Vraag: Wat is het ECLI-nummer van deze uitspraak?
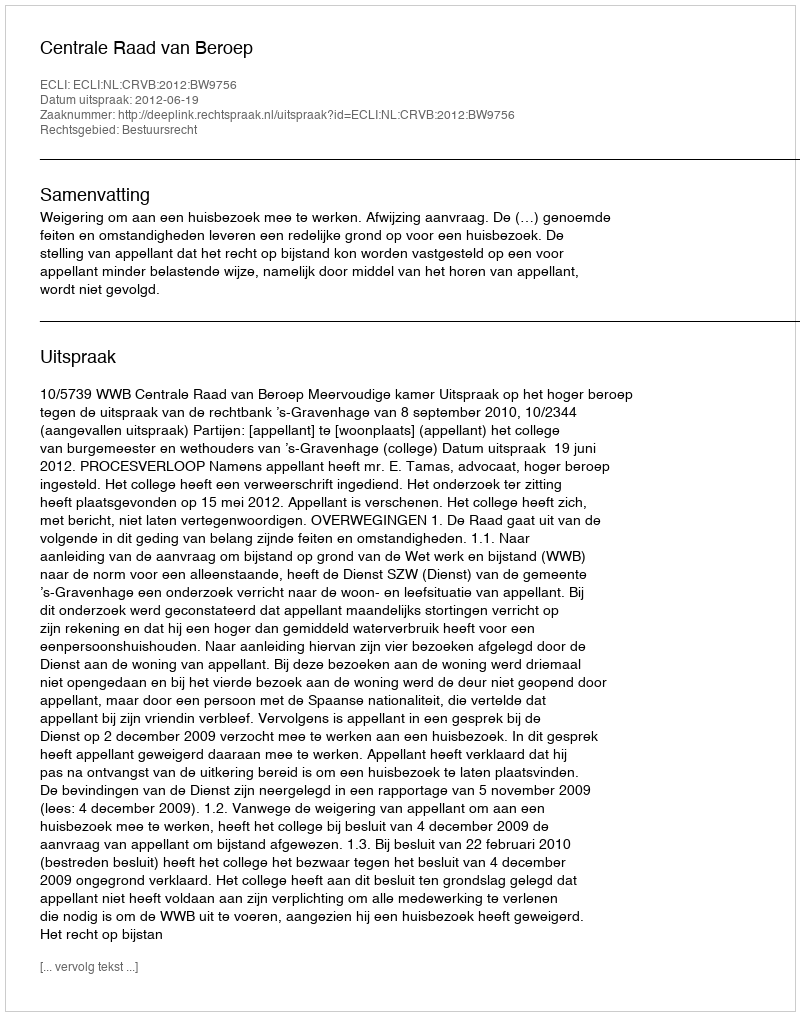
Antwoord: ECLI:NL:CRVB:2012:BW9756